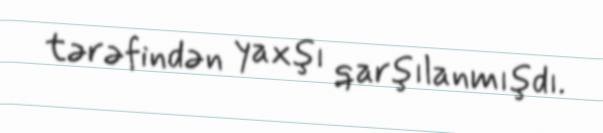
tərəfindən yaxşı qarşılanmışdı.